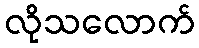
လိုသလောက်